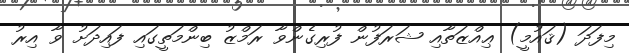
މިފަދަ (ޤައުމީ) ޢިއްޒަތާއި ޝަރަފުން ފުރިގެންވާ ރަމްޒު ބިންމަތީގައި ފައިދަށު ވާ އިރު